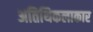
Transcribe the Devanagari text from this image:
अतिथिकलाकार